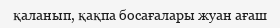
қаланып, қақпа босағалары жуан ағаш